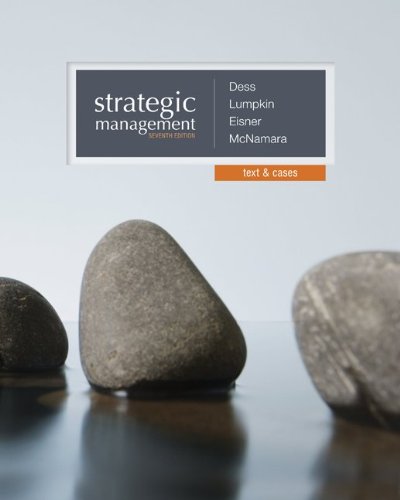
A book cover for Strategic Management: Text and Cases; Gregory Dess; Business & Money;